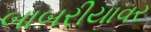
બાબરીયાવર